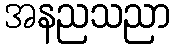
အနညသညာ